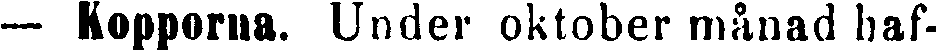
— Kopporna. Under oktober månad haf-